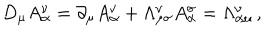
D _ { \mu } A _ { \alpha } ^ { \nu } = \partial _ { \mu } A _ { \alpha } ^ { \nu } + \Lambda _ { \mu \sigma } ^ { \nu } A _ { \alpha } ^ { \sigma } = \Lambda _ { \alpha \mu } ^ { \nu } \, ,